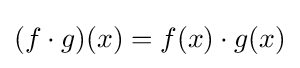
(f\cdot g)(x)=f(x)\cdot g(x)